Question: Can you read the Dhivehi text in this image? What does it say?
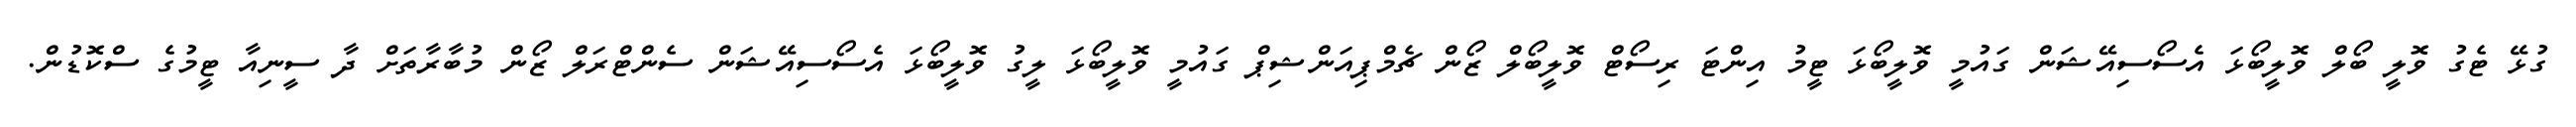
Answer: ގުޅޭ ޓެގު ވޮލީ ބޯލް ވޮލީބޯޅަ އެސޯސިއޭޝަން ގައުމީ ވޮލީބޯޅަ ޓީމު އިންޓަ ރިސޯޓް ވޮލީބޯލް ޒޯން ޗެމްޕިއަންޝިޕް ގައުމީ ވޮލީބޯޅަ ލީގު ވޮލީބޯޅަ އެސޯސިއޭޝަން ސެންޓްރަލް ޒޯން މުބާރާތަށް ދާ ސީނިއާ ޓީމުގެ ސްކޮޑުން.